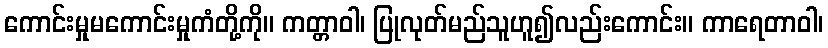
ကောင်းမှုမကောင်းမှုကံတို့ကို။ ကတ္တာဝါ၊ ပြုလုတ်မည်သူဟူ၍လည်းကောင်း။ ကာရေတာဝါ၊